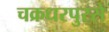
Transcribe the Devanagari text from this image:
चक्रधरपुरसे